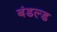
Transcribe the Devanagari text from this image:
बंडल्ड